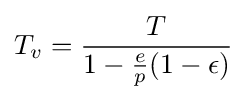
T_{v}={\frac {T}{1-{\frac {e}{p}}(1-\epsilon )}}